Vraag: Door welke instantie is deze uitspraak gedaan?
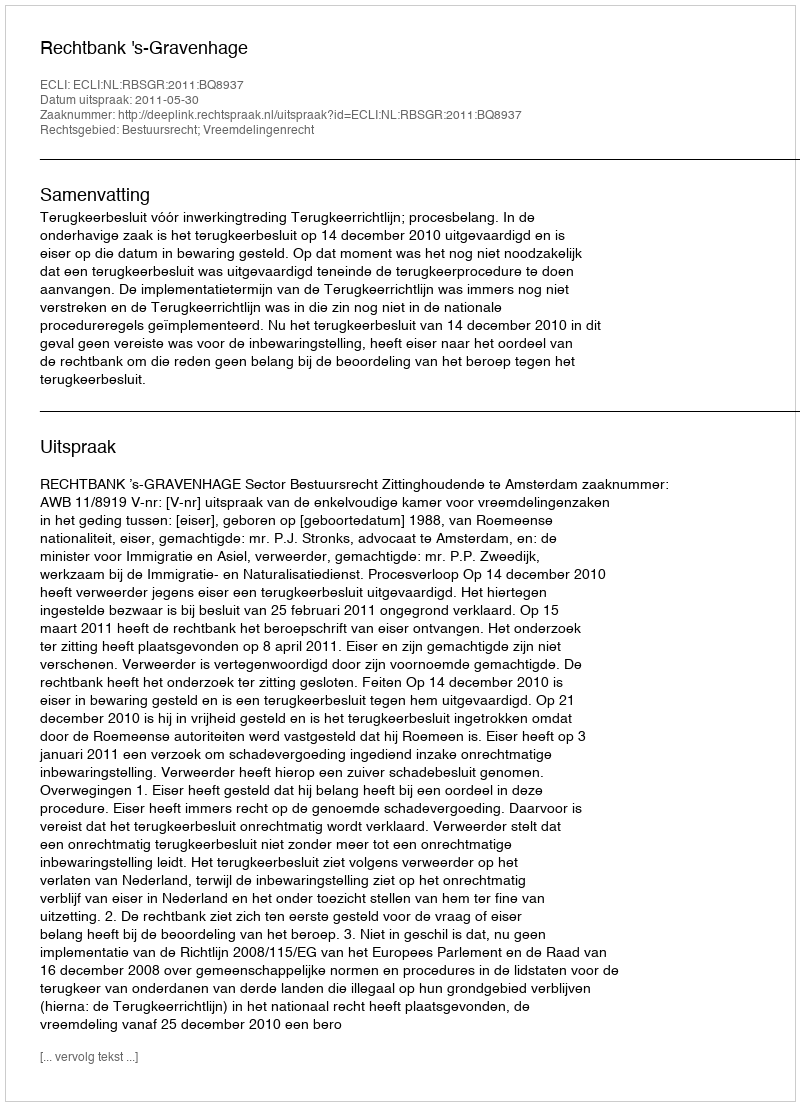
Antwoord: Rechtbank 's-Gravenhage